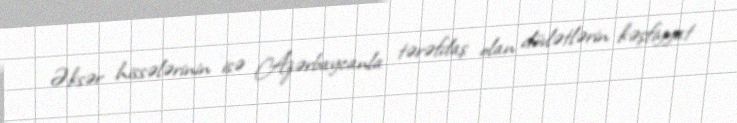
Əksər hissələrinin isə Azərbaycanla tərəfdaş olan dövlətlərin kəşfiyyat